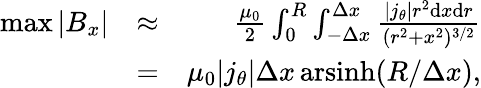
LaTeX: \begin{array}{rlr}{\operatorname*{max}|B_{x}|}&{\approx}&{\frac{\mu_{0}}{2}\int_{0}^{R}\int_{-\Delta x}^{\Delta x}\frac{|j_{\theta}|r^{2}\mathrm{d}x\mathrm{d}r}{(r^{2}+x^{2})^{3/2}}}\\ &{=}&{\mu_{0}|j_{\theta}|\Delta x\operatorname{arsinh}(R/\Delta x),}\end{array}